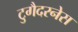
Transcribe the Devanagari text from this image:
टुगैदरनेस